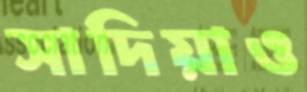
সাদিয়াও